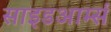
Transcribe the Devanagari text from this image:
साइडआर्म्स